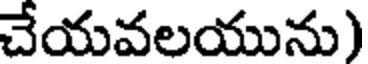
చేయవలయును)